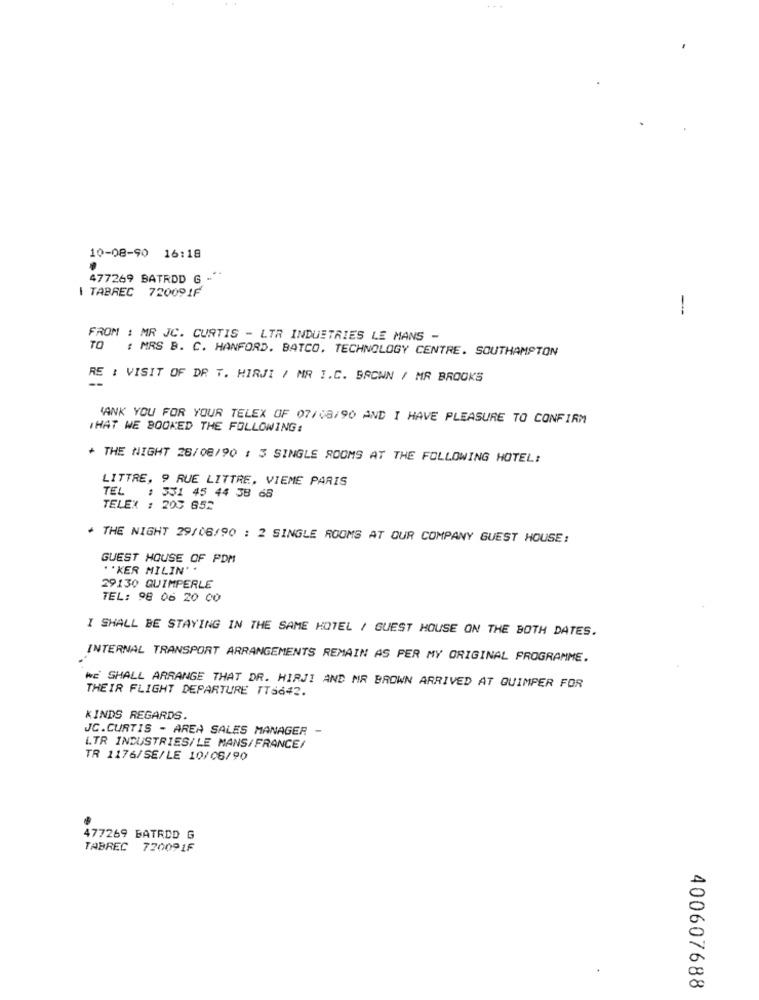
10-08-90 16:18
477269 BATRDD G -"*
\ TABREC 720091F
1
FROM : MR JC. CURTIS - LTR INDUSTRIES LE MANS -
TO : MRS B. C. HANFORD. BATCO. TECHNOLOGY CENTRE. SOUTHAMPTON
RE : VISIT OF DR T. HIRJI / MR I.C. SACWN / MR BROOKS
ANK YOU FOR YOUR TELEX OF 07/08/90 AND I HAVE PLEASURE TO CONFIRM
THAT WE BOOKED THE FOLLOWING:
+ THE NIGHT 28/08/90 : 3 SINGLE ROOMS AT THE FOLLOWING HOTEL:
LITTRE, 9 RUE LITTRE, VIEME PARIS
TEL
: 331 45 44 38 68
TELEX : 203 652
+ THE NIGHT 29/06/90 : 2 SINGLE ROOMS AT OUR COMPANY GUEST HOUSE:
GUEST HOUSE OF PDM
.. KER MILIN' '
29130 QUIMPERLE
TEL: 98 06 20 00
I SHALL BE STAYING IN THE SAME HOTEL / GUEST HOUSE ON THE BOTH DATES.
INTERNAL TRANSPORT ARRANGEMENTS REMAIN AS PER MY ORIGINAL PROGRAMME.
THEIR FLIGHT DEPARTURE TT6642.
WE SHALL ARRANGE THAT DR. HIRJI AND MR BROWN ARRIVED AT QUIMPER FOR
KINDS REGARDS.
JC.CURTIS - AREA SALES MANAGER -
LTR INDUSTRIES/LE MANS/FRANCE/
TR 1176/SE/LE 10/06/90
477269 BATRDD G
TABREC 72009IF
400607688